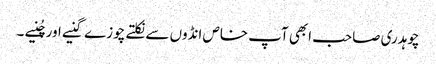
چوہدری صاحب ابھی آپ خاص انڈوں سے نکلتے چوزے گنیے اور چُنیے ۔